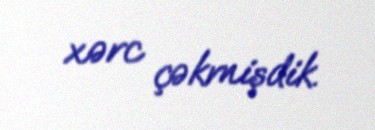
xərc çəkmişdik.